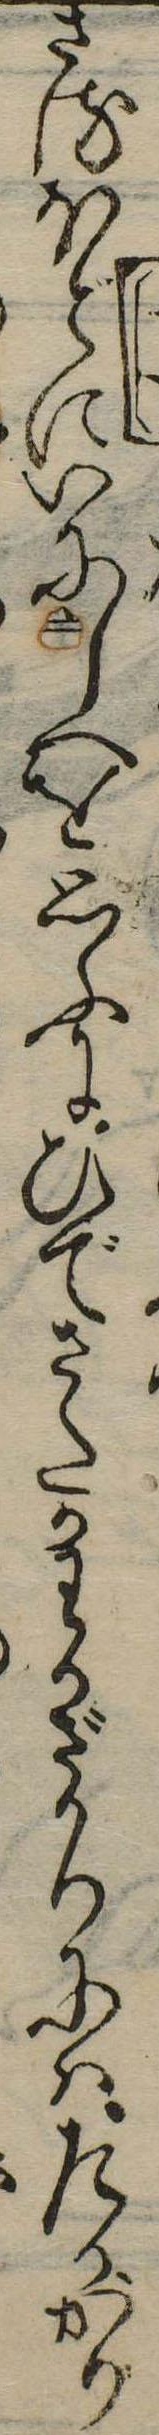
さまほどにいにしへを思ふにひでさたかわかざかりにはたかがり